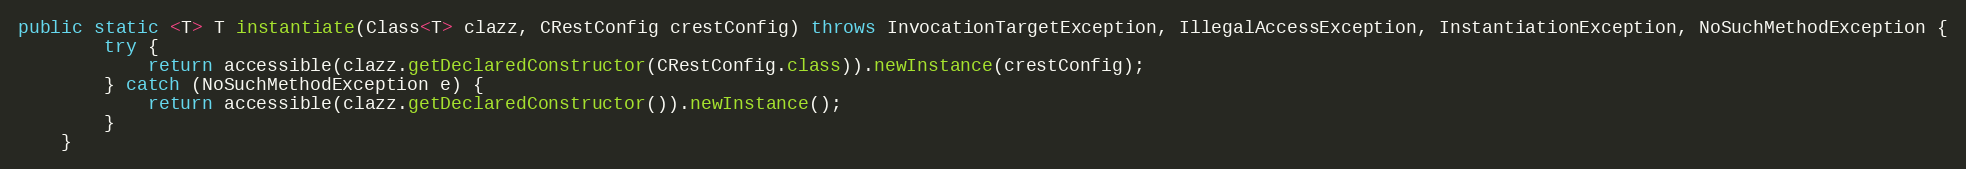
Language: Java
public static <T> T instantiate(Class<T> clazz, CRestConfig crestConfig) throws InvocationTargetException, IllegalAccessException, InstantiationException, NoSuchMethodException {
        try {
            return accessible(clazz.getDeclaredConstructor(CRestConfig.class)).newInstance(crestConfig);
        } catch (NoSuchMethodException e) {
            return accessible(clazz.getDeclaredConstructor()).newInstance();
        }
    }